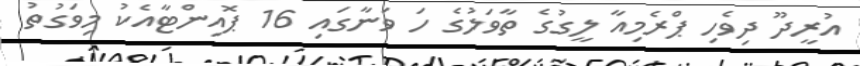
އުރީދޫ ދިވެހި ޕްރެމިއާ ލީގުގެ ތާވަލުގެ ހަ ވަނާގައި 16 ޕޮއިންޓާއެކު މިވަގުތު